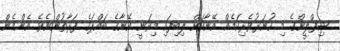
ޝިފްލީންގެ މި ހުނަރުވެރިކަމެއް އޭނާއަށް ލިބިފައި މިވަނީ އޭނާގެ ބައްޕަގެ ފަރާތުންނެވެ. އެންމެން